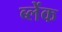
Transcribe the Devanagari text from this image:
ब्लेंक